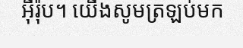
អ៊ឺរ៉ុប។ យើងសូមត្រឡប់មក